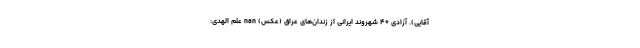
آقایی). آزادی ۴۰ شهروند ایرانی از زندان‌های عراق (عکس) nan علم الهدی: